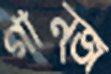
গান্জ